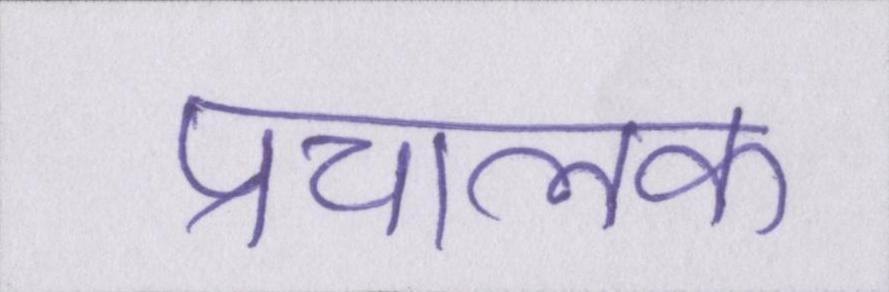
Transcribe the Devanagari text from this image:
प्रचालक